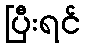
ပြီးရင်